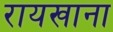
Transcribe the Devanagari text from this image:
रायखाना